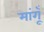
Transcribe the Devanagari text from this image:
मांगूँ